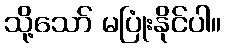
သို့သော် မပြုံးနိုင်ပါ။